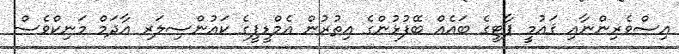
އިސްވެރިންނާއި ޤައުމީ ޕާޓީގެ ބައެއް ބޭފުޅުންގެ އިތުރުން އެމްޑީޕީގެ ކައުންސިލަރ އާދަމް މަނިކްވެސް